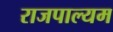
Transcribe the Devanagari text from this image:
राजपाल्यम